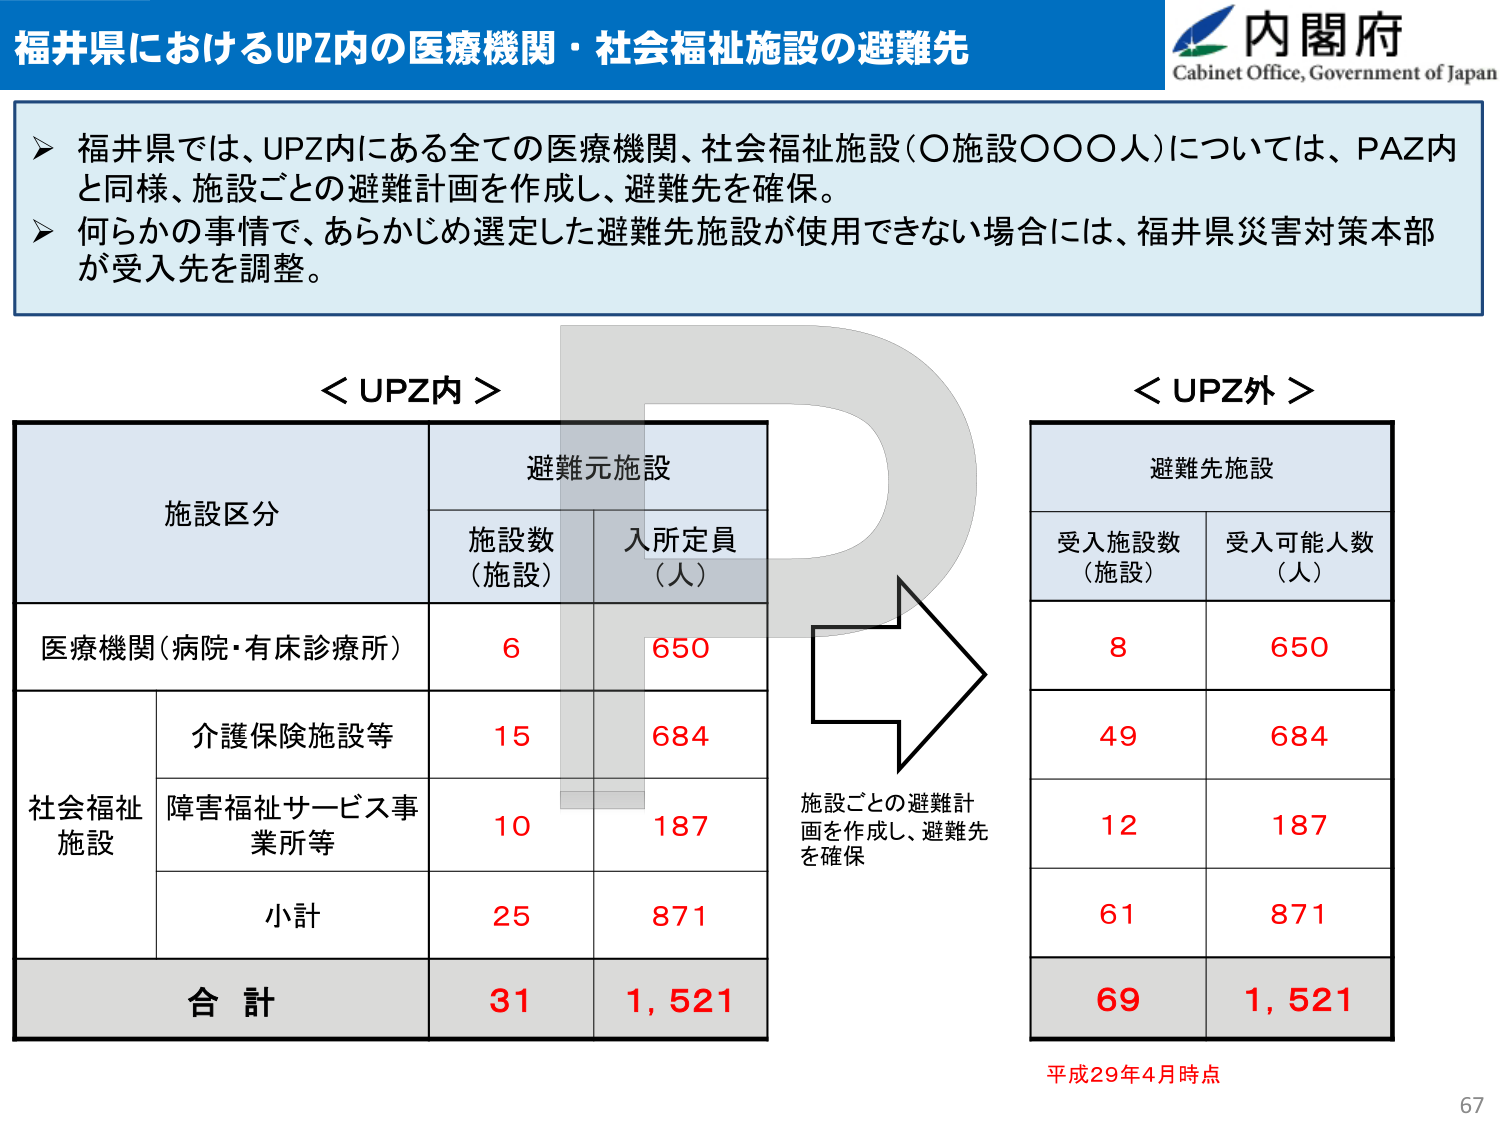
福井県におけるUPZ内の医療機関・社会福祉施設の避難先

内閣府
Cabinet Office, Government of Japan

▶ 福井県では、UPZ内にある全ての医療機関、社会福祉施設（〇施設〇〇〇人）については、PAZ内と同様、施設ごとの避難計画を作成し、避難先を確保。
▶ 何らかの事情で、あらかじめ選定した避難先施設が使用できない場合には、福井県災害対策本部が受入先を調整。

＜UPZ内＞

施設区分　　　　　　　　　　　避難元施設
　　　　　　　　　　　　　　施設数（施設）　入所定員（人）

医療機関（病院・有床診療所）　　6　　　　　　650

社会福祉施設
　　　　　　　　　　　　　　介護保険施設等　　15　　　　　　684
　　　　　　　　　　　　　　障害福祉サービス事業所等　　10　　　　　　187
　　　　　　　　　　　　　　小計　　　　　　25　　　　　　871

合計　　　　　　　　　　　　　31　　　　　　1,521

＜UPZ外＞

避難先施設
受入施設数（施設）　受入可能人数（人）

　　　　　　　　　　　　　　8　　　　　　650
　　　　　　　　　　　　　　49　　　　　　684
　　　　　　　　　　　　　　12　　　　　　187
　　　　　　　　　　　　　　61　　　　　　871

　　　　　　　　　　　　　　69　　　　　　1,521

施設ごとの避難計画を作成し、避難先を確保

平成29年4月時点

67